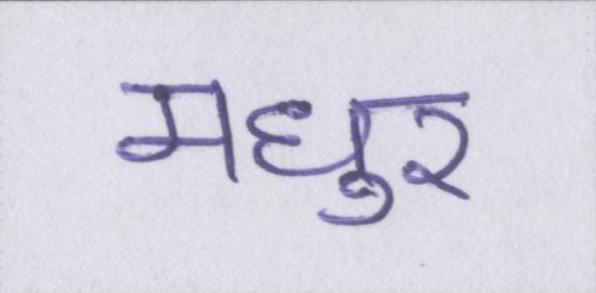
मधुर